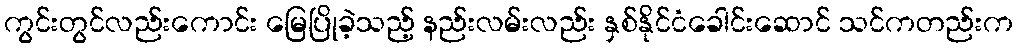
ကွင်းတွင်လည်းကောင်း မြေပြိုခဲ့သည့် နည်းလမ်းလည်း နှစ်နိုင်ငံခေါင်းဆောင် သင်ကတည်းက